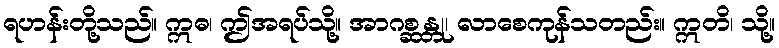
ရဟန်းတို့သည်။ ဣဓ၊ ဤအရပ်သို့။ အာဂစ္ဆန္တု၊ လာစေကုန်သတည်း။ ဣတိ၊ သို့။